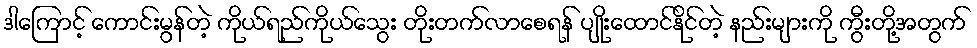
ဒါကြောင့် ကောင်းမွန်တဲ့ ကိုယ်ရည်ကိုယ်သွေး တိုးတက်လာစေရန် ပျိုးထောင်နိုင်တဲ့ နည်းများကို ကွီးတို့အတွက်